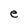
Character: e